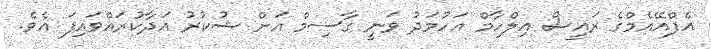
އެފްއޭއެމްގެ ރައީސް އިލްހާމް އަހުމަދު ވަނީ ގާސިމް އަށް ޝުކުރު އަދާކުރައްވައިފަ އެވެ.